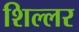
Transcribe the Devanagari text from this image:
शिल्लर